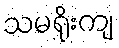
သမရိုးကျ